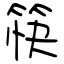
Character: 筷